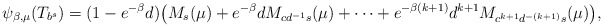
\begin{align*}\psi_{\beta,\mu}(T_{b^s})=(1-e^{-\beta} d)\big(M_s(\mu)+e^{-\beta}dM_{cd^{-1}s}(\mu)+\cdots +e^{-\beta (k+1)}d^{k+1}M_{c^{k+1}d^{-(k+1)}s}(\mu)\big),\end{align*}